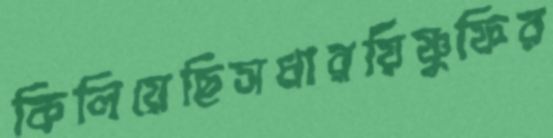
কিলিয়েছিসধারয়িষ্ণুফির